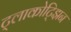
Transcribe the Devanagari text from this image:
ट्लाकोट्झिन